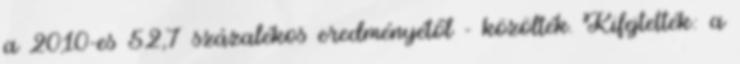
a 2010-es 52,7 százalékos eredményétől - közölték. Kifejtették: a